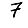
Digit: 7